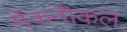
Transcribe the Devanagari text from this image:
मेकनीकल